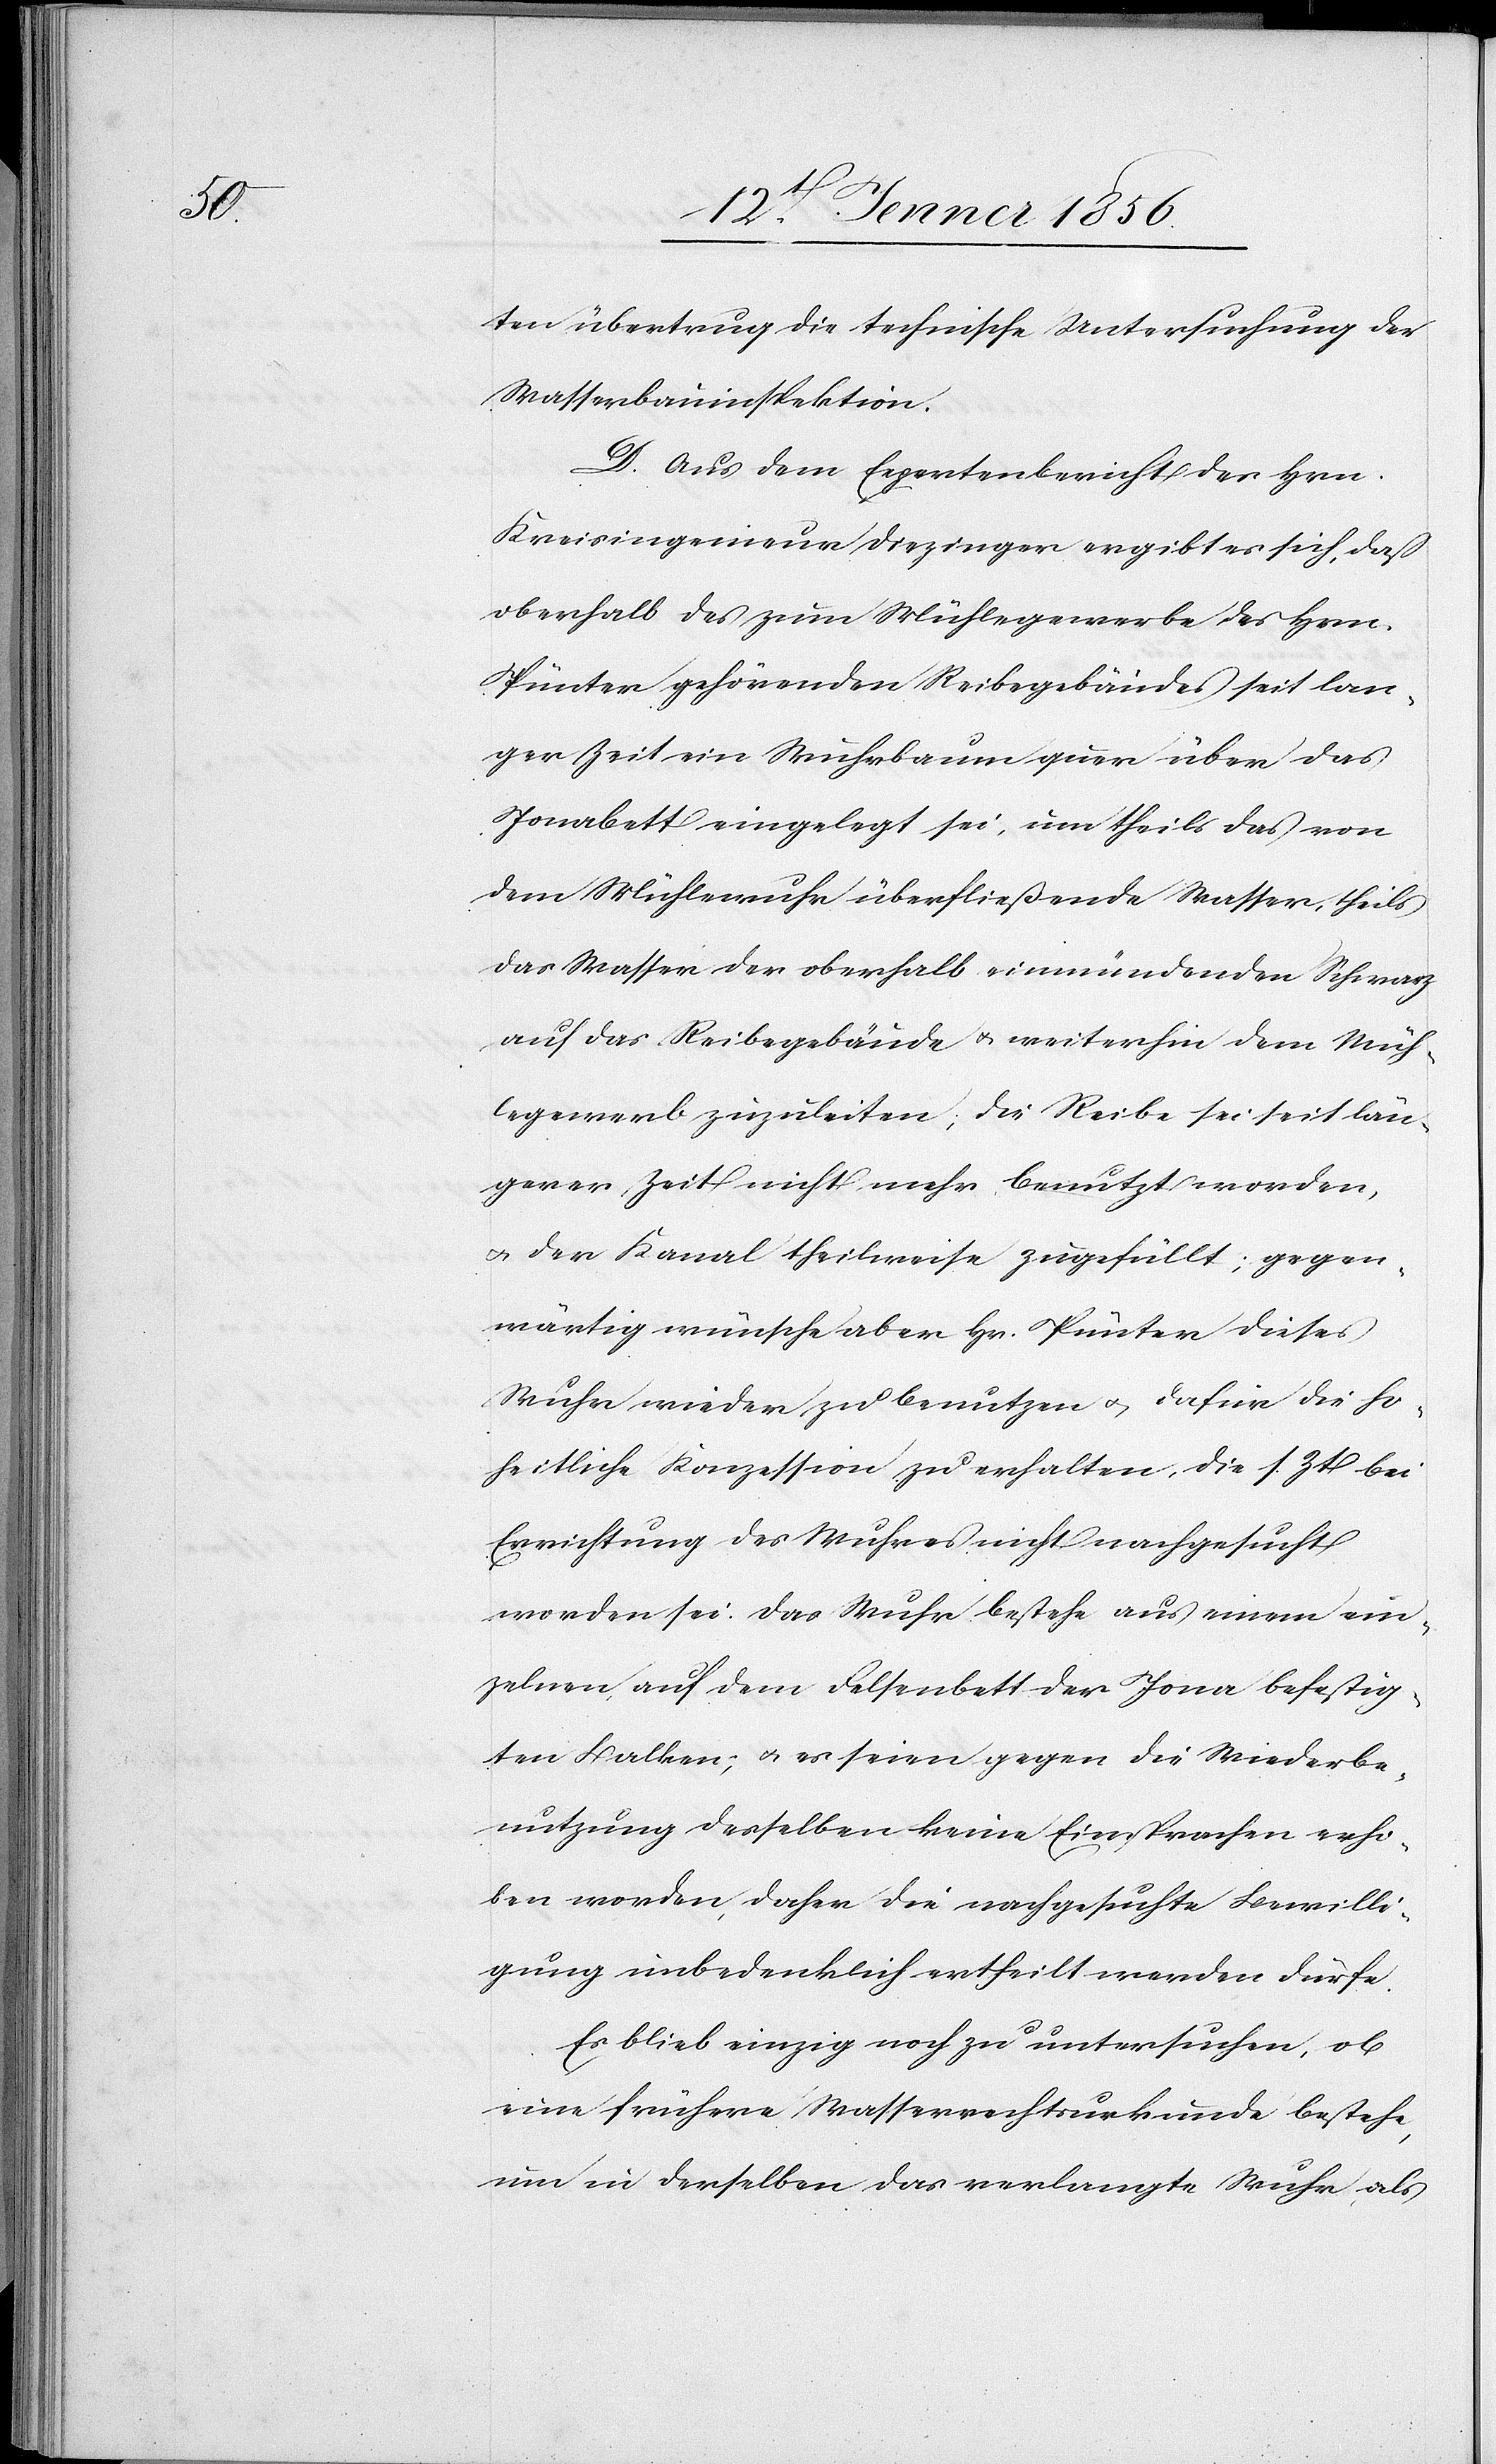
ten übertrug die technische Untersuchung der
Wasserbauinspektion.
D. Aus dem Expertenbericht des Hrn.
Kreisingenieur Diezinger ergibt es sich, daß
oberhalb des zum Mühlegewerbe des Hrn.
Pünter gehörenden Reibegebäudes seit lan¬
ger Zeit ein Wuhrbaum quer über das
Jonabett eingelegt sei, um theils das von
dem Mühlewuhr überfließende Wasser, theils
das Wasser der oberhalb einmündenden Schwarz
auf das Reibegebäude u. weiterhin dem Müh¬
legewerb zuzuleiten; die Reibe sei seit län¬
gerer Zeit nicht mehr benutzt worden,
u. der Kanal theilweise zugefüllt; gegen¬
wärtig wünsche aber Hr. Pünter dieses
Wuhr wieder zu benutzen u. dafür die ho¬
heitliche Konzession zu erhalten, die s. Zt bei
Errichtung des Wuhres nicht nachgesucht
worden sei. Das Wuhr bestehe aus einem ein¬
zelnen, auf dem Felsenbett der Jona befestig¬
ten Balken; u. es seien gegen die Wiederbe¬
nutzung desselben keine Einsprachen erho¬
ben worden, daher die nachgesuchte Bewilli¬
gung unbedenklich ertheilt werden dürfe.
Es blieb einzig noch zu untersuchen, ob
eine frühere Wasserrechtsurkunde bestehe,
um in derselben das verlangte Wuhr als